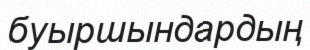
буыршындардың